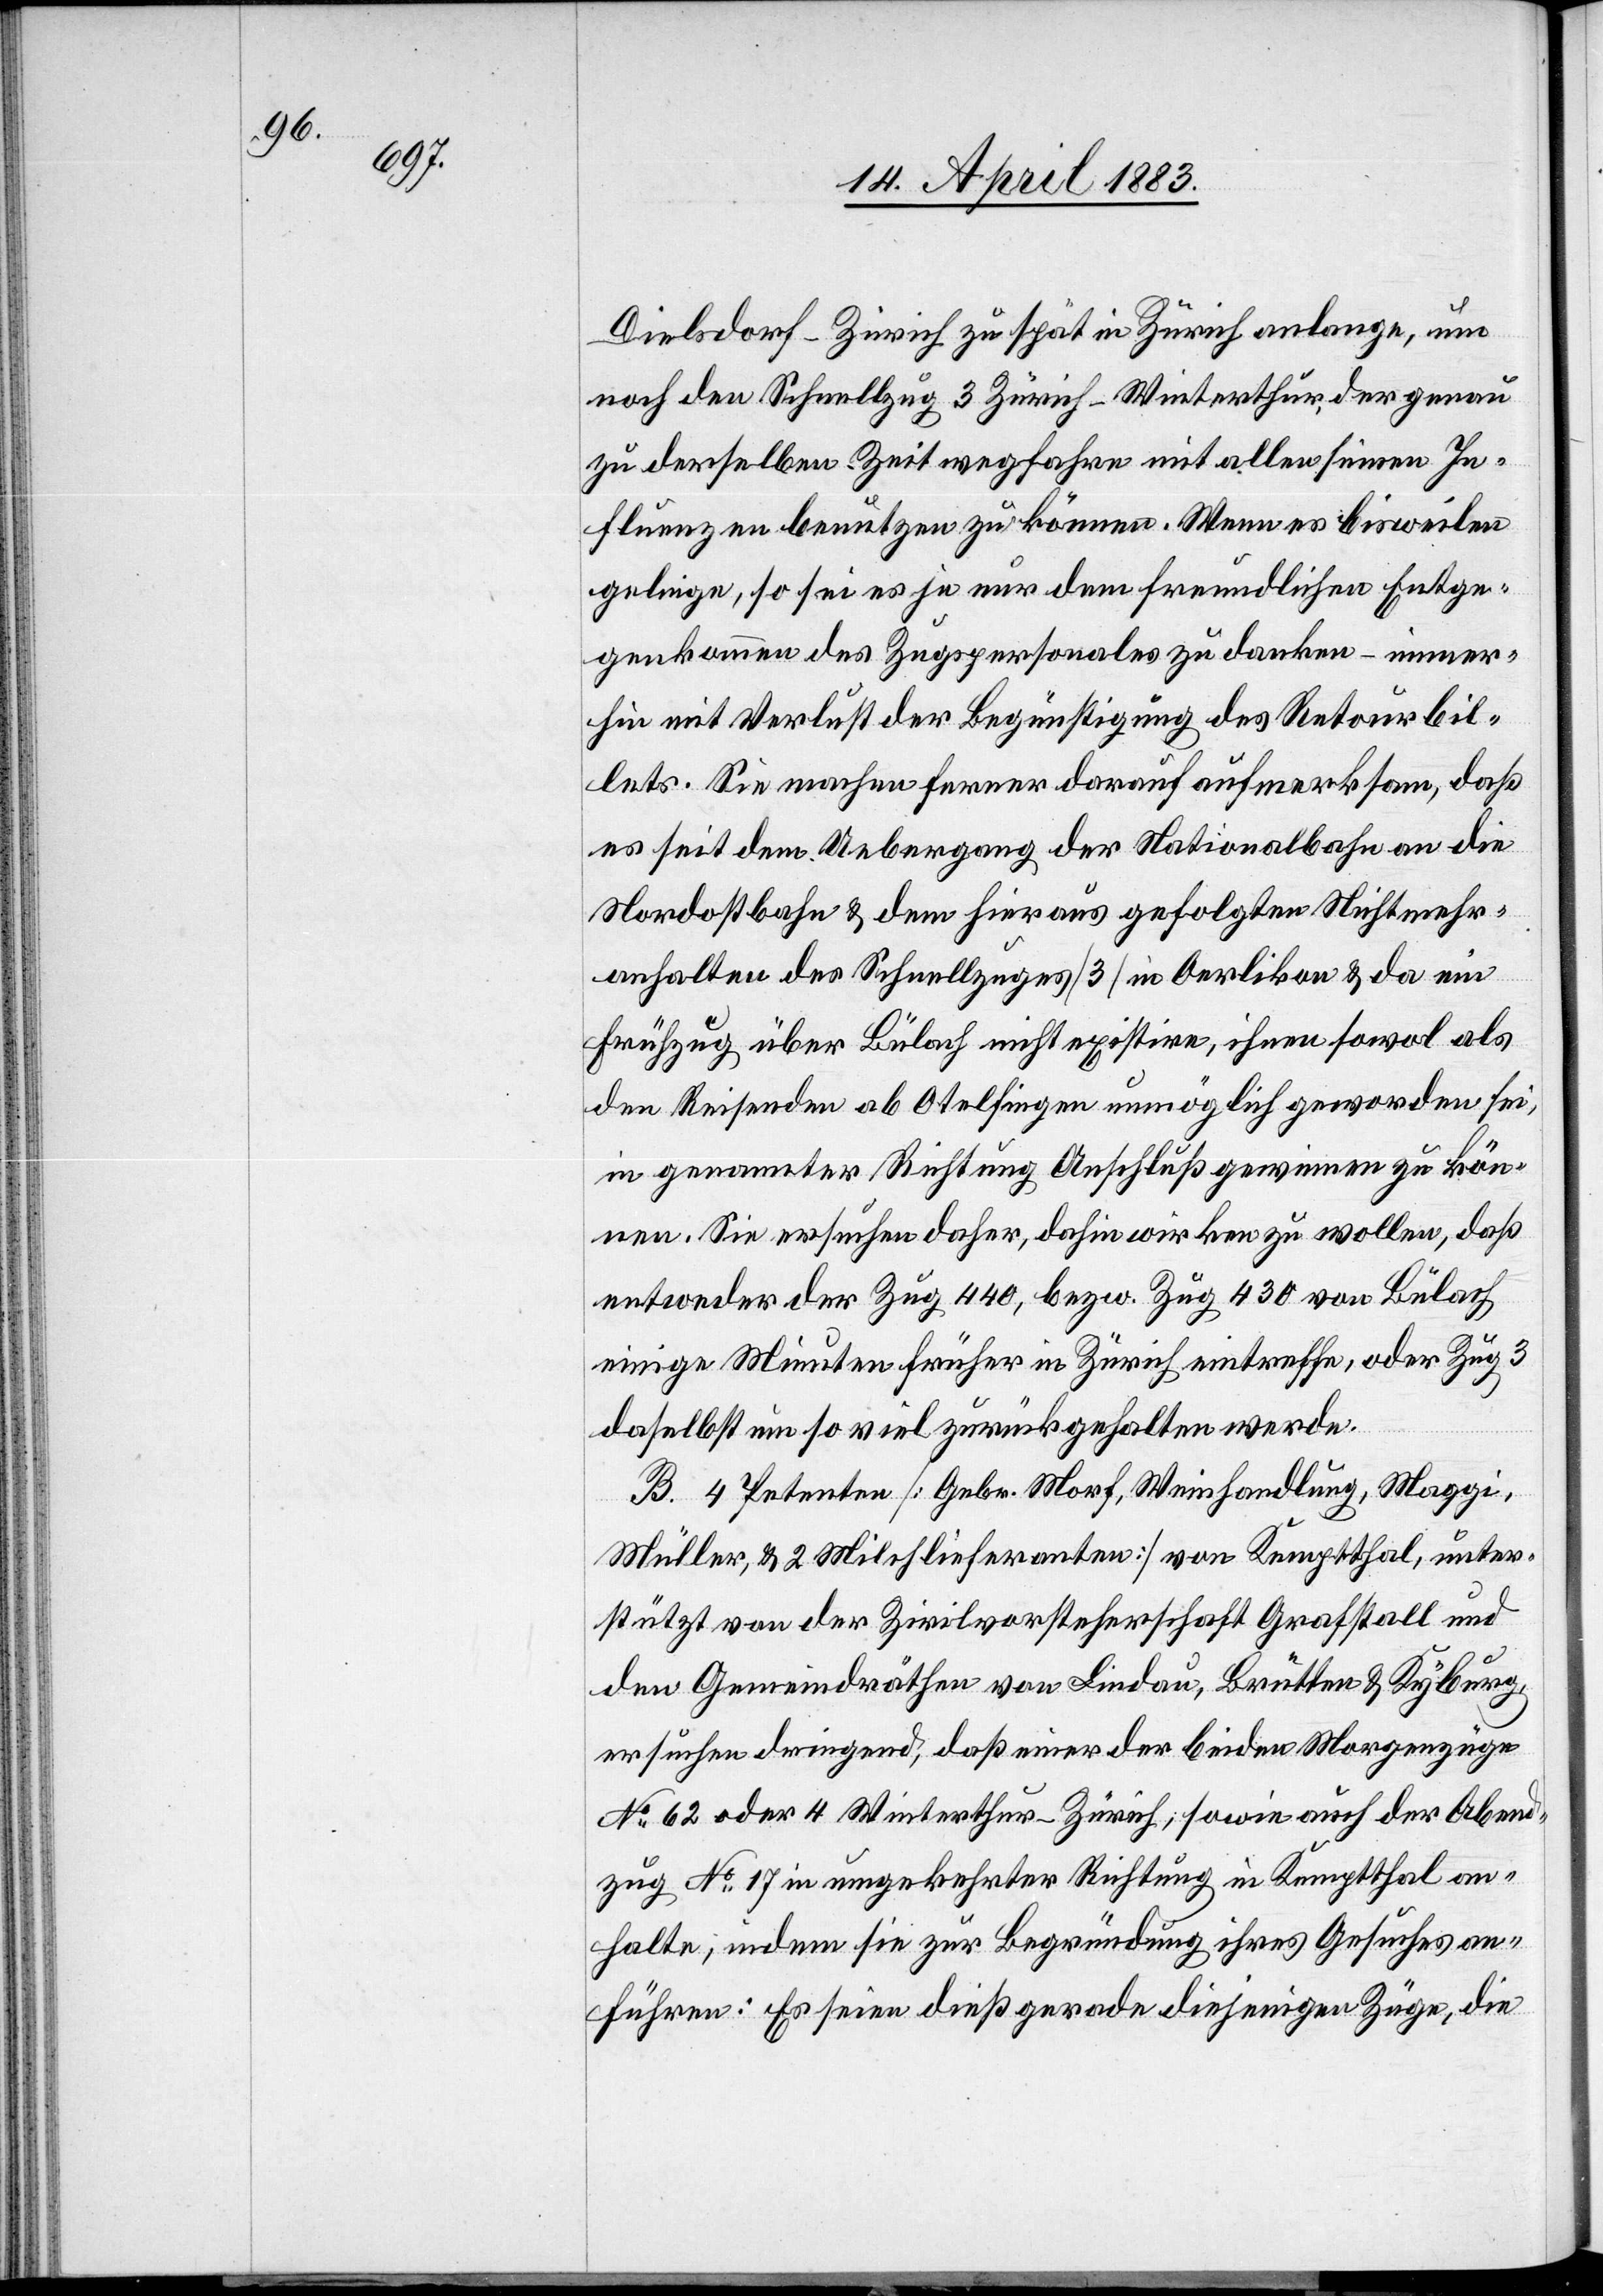
Dielsdorf–Zürich zu spät in Zürich anlange, um
noch den Schnellzug 3 Zürich–Winterthur, der genau
zu derselben Zeit wegfahre mit allen seinen In¬
fluenzen benutzen zu können. Wenn es bisweilen
gelinge, so sei es je nur dem freundlichen Entge¬
genkommen des Zugspersonales zu danken – immer¬
hin mit Verlust der Begünstigung des Retourbil¬
lets. Sie machen ferner darauf aufmerksam, daß
es seit dem Uebergang der Nationalbahn an die
Nordostbahn & dem hieraus gefolgten Nichtmehr¬
anhalten des Schnellzuges [3] in Oerlikon & da ein
Frühzug über Bülach nicht existire, ihnen sowol als
den Reisenden ab Otelfingen unmöglich geworden sei,
in genannter Richtung Anschluß gewinnen zu kön¬
nen. Sie ersuchen daher, dahin wirken zu wollen, daß
entweder der Zug 440, bezw. Zug 430 von Bülach
einige Minuten früher in Zürich eintreffe, oder Zug
daselbst um so viel zurückgehalten werde.
B. 4 Petenten [Gebr. Morf, Weinhandlung, Maggi,
Müller, & 2 Milchlieferanten] von Kemptthal, unter¬
stützt von der Zivilvorsteherschaft Grafstall und
den Gemeindräthen von Lindau, Brütten & Kyburg,
ersuchen dringend, das einer der beiden Morgenzüge
No 62 oder 4 Winterthur–Zürich, sowie auch der Abend¬
zug No 17 in umgekehrter Richtung in Kemptthal an¬
halte, indem sie zur Begründung ihres Gesuches an¬
führen: Es seien dies gerade diejenigen Züge, die